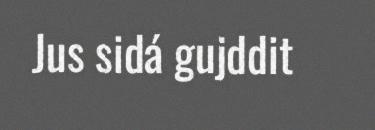
Jus sidá gujddit